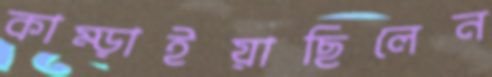
কাম্‌ড়াইয়াছিলেন